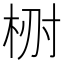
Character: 𣑗